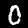
Digit: 0